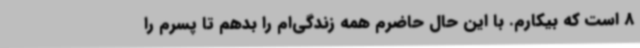
8 است که بیکارم. با این حال حاضرم همه زندگی‌ام را بدهم تا پسرم را